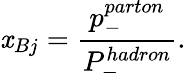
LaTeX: \mathit{x}_{Bj}=\frac{{p_{-}^{parton}}}{{P_{-}^{hadron}}}.